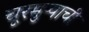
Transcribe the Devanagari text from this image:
चूरमुऱ्याची